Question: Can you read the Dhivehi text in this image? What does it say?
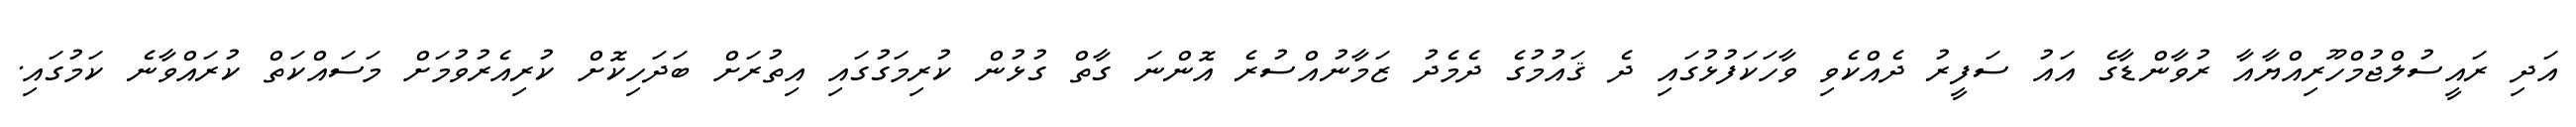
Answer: އަދި ރައީސުލްޖުމްހޫރިއްޔާއާ ރުވާންޑާގެ އައު ސަފީރު ދެއްކެވި ވާހަކަފުޅުގައި ދެ ޤައުމުގެ ދެމެދު ޒަމާނުއްސުރެ އޮންނަ ގާތް ގުޅުން ކުރިމަގުގައި އިތުރަށް ބަދަހިކޮށް ކުރިއެރުވުމަށް މަސައްކަތް ކުރައްވާނެ ކަމުގައި.